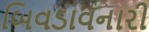
બિવડાવનારી